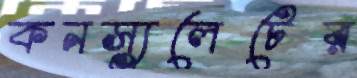
কনস্যুলেটের